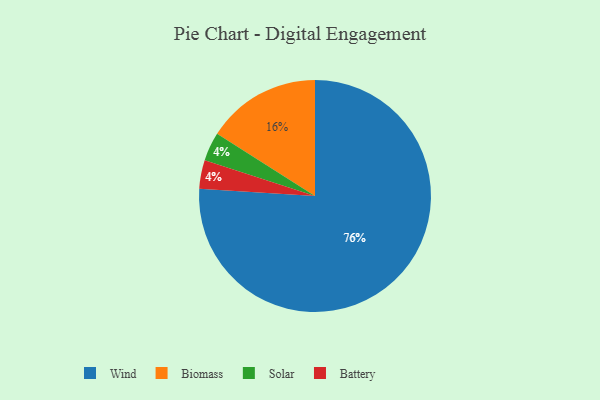
{"axis": {"x": "Category", "y": "Percentage"}, "legend": ["Battery", "Biomass", "Solar", "Wind"], "data": [{"x": "Biomass", "y": 16, "type": "Biomass"}, {"x": "Solar", "y": 4, "type": "Solar"}, {"x": "Wind", "y": 76, "type": "Wind"}, {"x": "Battery", "y": 4, "type": "Battery"}]}